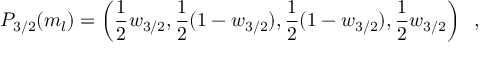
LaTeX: P _ { 3 / 2 } ( m _ { l } ) = \left( { \frac { 1 } { 2 } } w _ { 3 / 2 } , { \frac { 1 } { 2 } } ( 1 - w _ { 3 / 2 } ) , { \frac { 1 } { 2 } } ( 1 - w _ { 3 / 2 } ) , { \frac { 1 } { 2 } } w _ { 3 / 2 } \right) \; \; ,